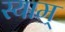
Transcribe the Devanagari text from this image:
स्याम्